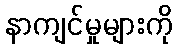
နာကျင်မှုများကို